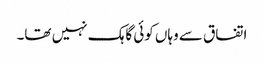
اتفاق سے وہاں کوئی گاہک نہیں تھا۔